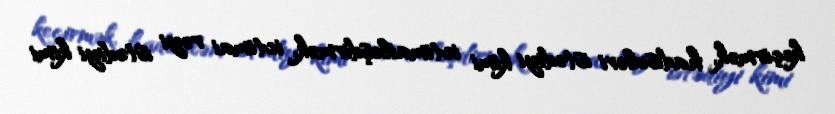
keçirmək, hadisələri istədiyi kimi ictimailəşdirmək, ictimai rəyi istədiyi kimi